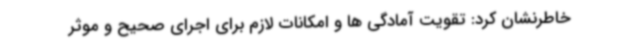
خاطرنشان کرد: تقویت آمادگی ها و امکانات لازم برای اجرای صحیح و موثر